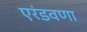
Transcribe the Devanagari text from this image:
एरंडवणा